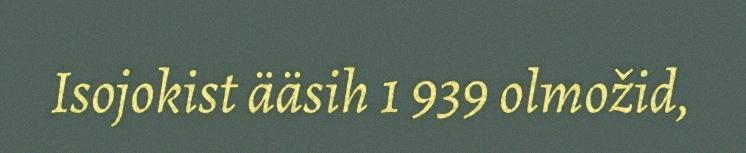
Isojokist ääsih 1 939 olmožid,